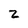
Character: z